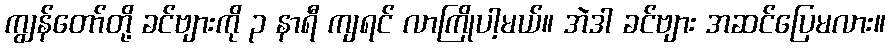
ကျွန်တော်တို့ ခင်ဗျားကို ၃ နာရီ ကျရင် လာကြိုပါ့မယ်။ အဲဒါ ခင်ဗျား အဆင်ပြေမလား။